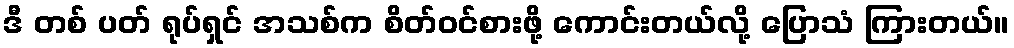
ဒီ တစ် ပတ် ရုပ်ရှင် အသစ်က စိတ်ဝင်စားဖို့ ကောင်းတယ်လို့ ပြောသံ ကြားတယ်။